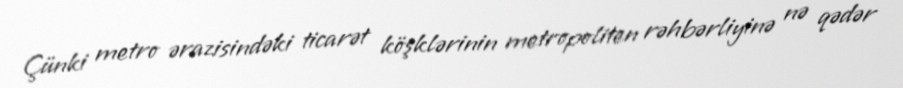
Çünki metro ərazisindəki ticarət köşklərinin metropoliten rəhbərliyinə nə qədər